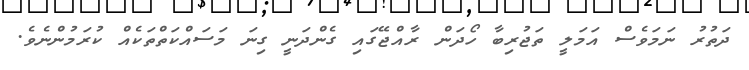
ދަތުރު ނަމަވެސް އަމަލީ ތަޖުރިބާ ހޯދަން ރާއްޖޭގައި ގެންދަނީ ގިނަ މަސައްކަތްތަކެއް ކުރަމުންނެވެ.